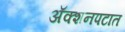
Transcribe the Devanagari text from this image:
अॅक्शनपटात